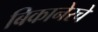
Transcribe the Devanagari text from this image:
बिकानेरचे